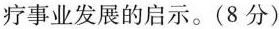
疗事业发展的启示。( 8 分 )